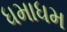
ધમાધમ